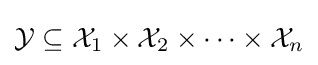
{\mathcal {Y}}\subseteq {\mathcal {X}}_{1}\times {\mathcal {X}}_{2}\times \cdots \times {\mathcal {X}}_{n}